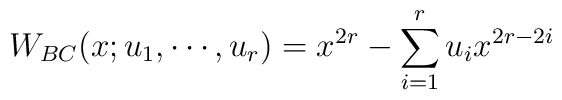
W_{BC}(x;u_{1}, \cdots, u_{r})=x^{2r}-\sum_{i=1}^{r} u_{i} x^{2r-2i}